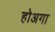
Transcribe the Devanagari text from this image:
होअगा